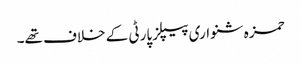
حمزہ شنواری پیپلزپارٹی کے خلاف تھے۔